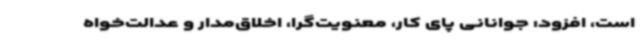
است، افزود: جوانانی پای کار، معنویت‌گرا، اخلاق‌مدار و عدالت‌خواه